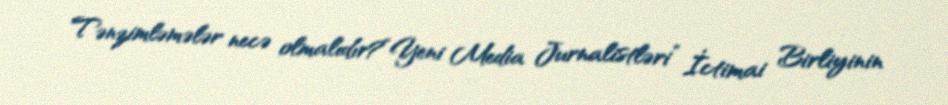
Tənzimləmələr necə olmalıdır?“Yeni Media Jurnalistləri” İctimai Birliyinin